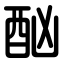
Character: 酗